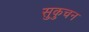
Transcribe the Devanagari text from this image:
सुकुचन